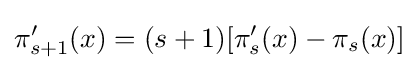
\pi '_{s+1}(x)=(s+1)[\pi '_{s}(x)-\pi _{s}(x)]